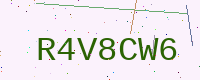
Text: R4V8CW6